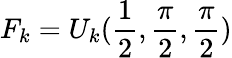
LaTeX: F_{k}=U_{k}(\frac{1}{2},\frac{\pi}{2},\frac{\pi}{2})